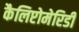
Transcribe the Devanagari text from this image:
कैलिप्टोमेरिडी